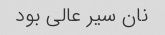
نان سیر عالی بود